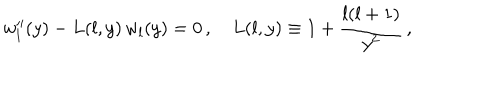
w _ { l } ^ { \prime \prime } ( y ) - L ( l , y ) \, w _ { l } ( y ) = 0 \, , \quad L ( l , y ) \equiv 1 + \frac { l ( l + 1 ) } { y ^ { 2 } } \, ,